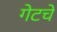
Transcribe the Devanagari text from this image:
गेटचे